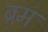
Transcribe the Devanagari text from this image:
ब्रम